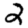
Digit: 2